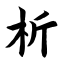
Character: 析